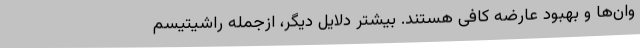
وان‌ها و بهبود عارضه کافی هستند. بیشتر دلایل دیگر، ازجمله راشیتیسم